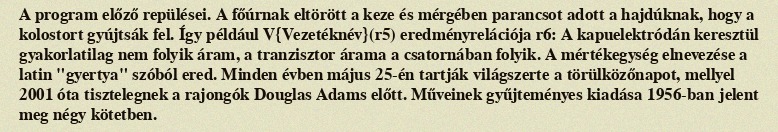
A program előző repülései. A főúrnak eltörött a keze és mérgében parancsot adott a hajdúknak, hogy a kolostort gyújtsák fel. Így például V{Vezetéknév}(r5) eredményrelációja r6: A kapuelektródán keresztül gyakorlatilag nem folyik áram, a tranzisztor árama a csatornában folyik. A mértékegység elnevezése a latin "gyertya" szóból ered. Minden évben május 25-én tartják világszerte a törülközőnapot, mellyel 2001 óta tisztelegnek a rajongók Douglas Adams előtt. Műveinek gyűjteményes kiadása 1956-ban jelent meg négy kötetben.